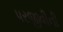
પરજીવીની